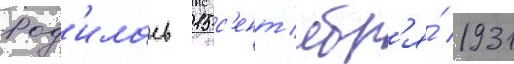
Род'илась 15 с'ент'ябр'я́ 1931